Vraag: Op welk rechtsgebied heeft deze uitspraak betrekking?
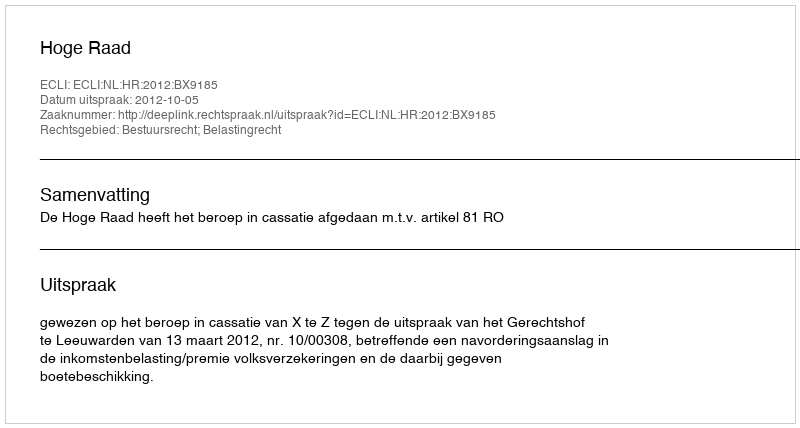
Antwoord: Bestuursrecht; Belastingrecht